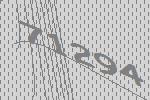
71294